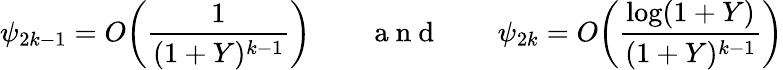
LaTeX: \psi_{2k-1}=O\bigg(\frac{1}{(1+Y)^{k-1}}\bigg)\qquad\mathrm{~a~n~d~}\qquad\psi_{2k}=O\bigg(\frac{\log(1+Y)}{(1+Y)^{k-1}}\bigg)